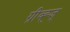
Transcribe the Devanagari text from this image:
ग्रीव्ह्ज्